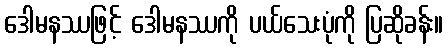
ဒေါမနဿဖြင့် ဒေါမနဿကို ပယ်သေးပုံကို ပြဆိုခန်း။